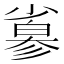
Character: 𢒮